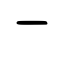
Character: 一